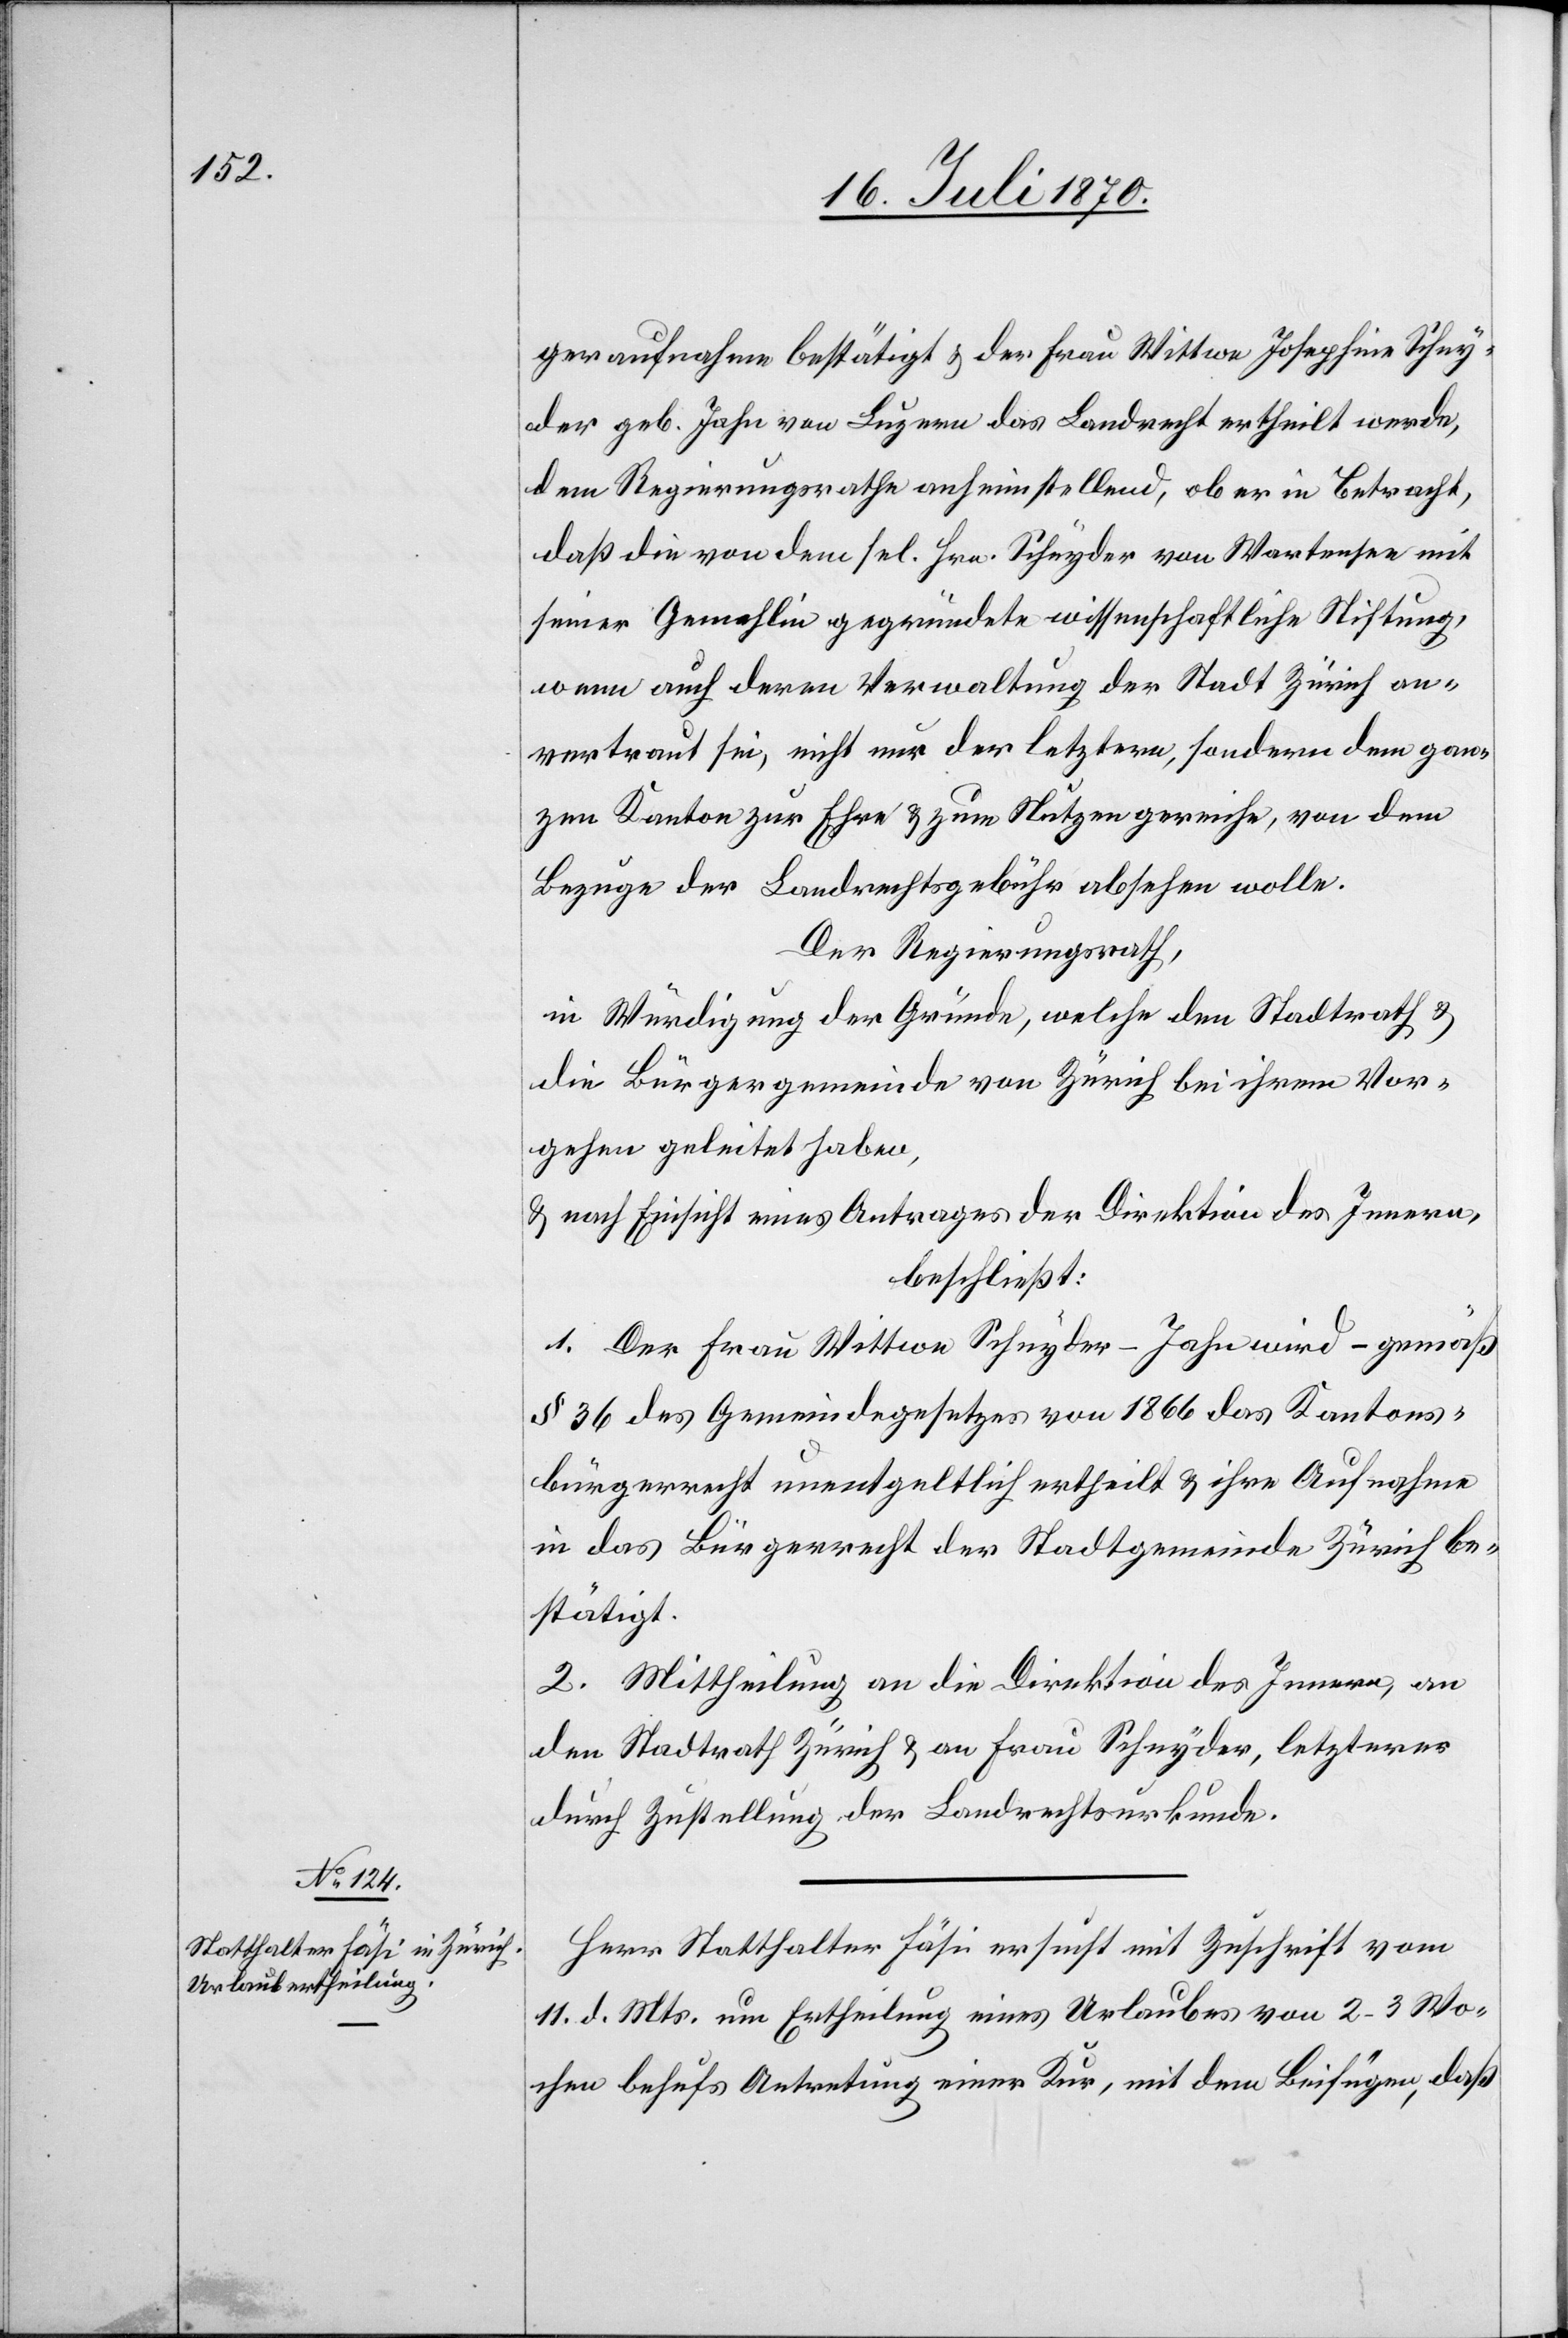
geraufnahme bestätigt & der Frau Wittwe Josephine Schny¬
der geb. Jahn von Luzern das Landrecht ertheilt werde,
dem Regierungsrathe auch anheimstellend, ob er in Betracht,
daß die von dem sel. Hrn. Schnyder von Wartensee mit
seiner Gemahlin gegründete wissenschaftliche Stiftung,
wenn auch deren Verwaltung der Stadt Zürich an¬
vertraut sei, nicht nur der letztern, sondern dem gan¬
zen Kanton zur Ehre & zum Nutzen gereiche, von dem
Bezuge der Landrechtsgebühr absehen wolle.
Der Regierungsrath,
in Würdigung der Gründe, welche den Stadtrath &
die Bürgergemeinde von Zürich bei ihrem Vor¬
gehen geleitet haben,
& nach Einsicht eines Antrages der Direktion des Innern,
beschließt:
1. Der Frau Wittwe Schnyder-Jahn wird – gemäß
§ 36 des Gemeindegesetzes von 1866 das Kantons¬
bürgerrecht unentgeltlich ertheilt & ihre Aufnahme
in das Bürgerrecht der Stadtgemeinde Zürich be¬
stätigt.
2. Mittheilung an die Direktion des Innern, an
den Stadtrath Zürich & an Frau Schnyder, letzterer
durch Zustellung der Landrechtsurkunde.
Herr Statthalter Fäsi ersucht mit Zuschrift vom
11. d. Mts. um Ertheilung eines Urlaubes von 2–3 Wo¬
chen behufs Antretung einer Kur, mit dem Beifügen, daß